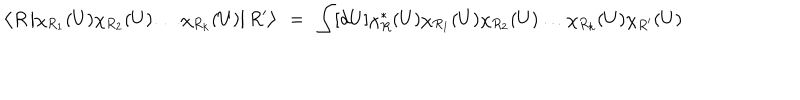
\left< R \left| \chi _ { R _ { 1 } } ( U ) \chi _ { R _ { 2 } } ( U ) \ldots \chi _ { R _ { k } } ( U ) \right| R ^ { \prime } \right> ~ = ~ \int [ d U ] \chi _ { R } ^ { * } ( U ) \chi _ { R _ { 1 } } ( U ) \chi _ { R _ { 2 } } ( U ) \ldots \chi _ { R _ { k } } ( U ) \chi _ { R ^ { \prime } } ( U )